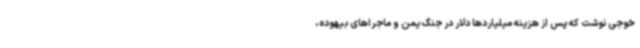
خوجی نوشت که پس از هزینه میلیاردها دلار در جنگ یمن و ماجراهای بیهوده،